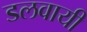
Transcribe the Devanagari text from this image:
डलवायी